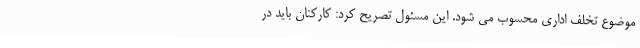
موضوع تخلف اداری محسوب می شود. این مسئول تصریح کرد: کارکنان باید در